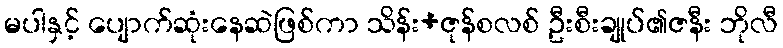
မပါနှင့် ပျောက်ဆုံးနေဆဲဖြစ်ကာ သိန်း+ဇုန်စလစ် ဦးစီးချုပ်၏ဇနီး ဘိုလီ